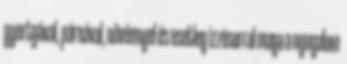
gyertyával, párnával, növénnyel és esetleg izzósorral maga a nyugalom